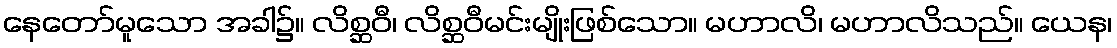
နေတော်မူသော အခါ၌။ လိစ္ဆဝီ၊ လိစ္ဆဝီမင်းမျိုးဖြစ်သော။ မဟာလိ၊ မဟာလိသည်။ ယေန၊